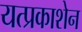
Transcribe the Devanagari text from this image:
यत्प्रकाशेन